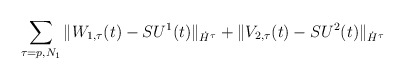
\begin{align*}\sum_{\tau=p, N_1}\|W_{1,\tau}(t)- SU^1(t)\|_{\dot{H}^\tau} + \| V_{2,\tau}(t)- SU^2(t)\|_{\dot{H}^\tau} \end{align*}